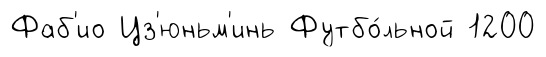
Фаб'ио Цз'юньм'инь Футбо́льной 1200